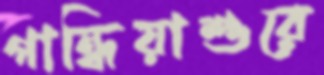
গান্ধিয়াশুরে